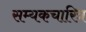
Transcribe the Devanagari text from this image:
सम्यकचारित्र